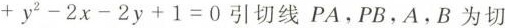
+ y ^ { 2 } - 2 x - 2 y +1 = 0$$引切线PA，PB，A，B为切